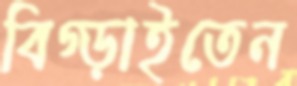
বিগ্‌ড়াইতেন